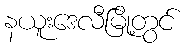
နယူးဒေလီမြို့တွင်